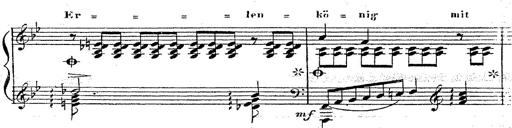
Title: 12 Lieder von Franz Schubert
Composer: Franz Liszt